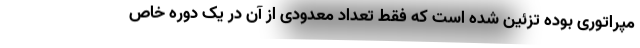
مپراتوری بوده تزئین شده است که فقط تعداد معدودی از آن در یک دوره خاص